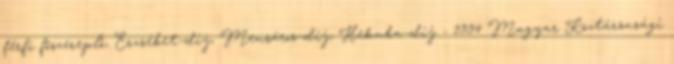
férfi főszereplő, Erzsébet-díj, Mensáros-díj, Hekuba-díj - 1994 Magyar Köztársasági